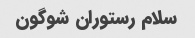
سلام رستوران شوگون